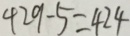
4 2 9 - 5 = 4 2 4